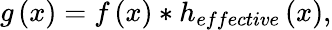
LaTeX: g\left(x\right)=f\left(x\right)*h_{effective}\left(x\right),